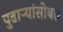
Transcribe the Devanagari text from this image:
पुढाऱ्यांसोबत